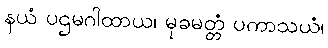
နယံ ပဌမဂါထာယ၊ မုခမတ္တံ ပကာသယံ၊